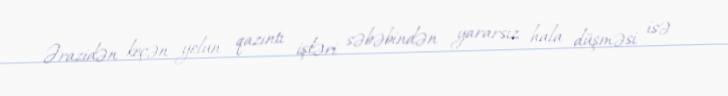
Ərazidən keçən yolun qazıntı işləri səbəbindən yararsız hala düşməsi isə